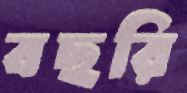
বছরি